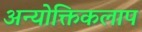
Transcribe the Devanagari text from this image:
अन्योक्तिकलाप